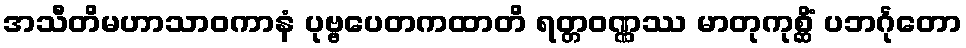
အသီတိမဟာသာဝကာနံ ပုဗ္ဗပေတကထာတိ ရတ္တဝဏ္ဏဿ မာတုကုစ္ဆိံ ပဘင်္ဂုတော